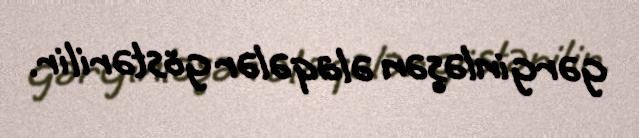
gərginləşən əlaqələr göstərilir.